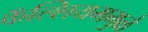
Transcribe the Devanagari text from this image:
कॅल्शियममुळे